画像に写った文字を読んでください
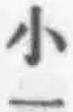
「小一」と書いてあります